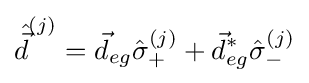
{\hat {\vec {d}}}^{(j)}={\vec {d}}_{eg}{\hat {\sigma }}_{+}^{(j)}+{\vec {d}}_{eg}^{*}{\hat {\sigma }}_{-}^{(j)}